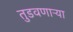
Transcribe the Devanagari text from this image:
तुडवणाऱ्या